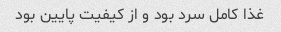
غذا کامل سرد بود و از کیفیت پایین بود